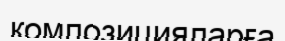
композицияларға